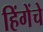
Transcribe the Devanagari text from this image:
हिंगेंचे